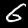
Digit: 6